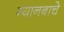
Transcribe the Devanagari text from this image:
ग्यानबाचे